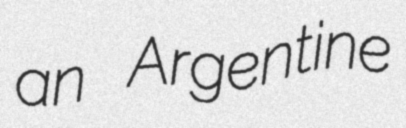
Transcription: an Argentine